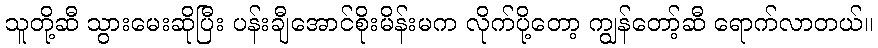
သူတို့ဆီ သွားမေးဆိုပြီး ပန်းချီအောင်စိုးမိန်းမက လိုက်ပို့တော့ ကျွန်တော့်ဆီ ရောက်လာတယ်။